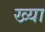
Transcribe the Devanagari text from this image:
ख्या